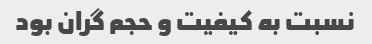
نسبت به کیفیت و حجم گران بود